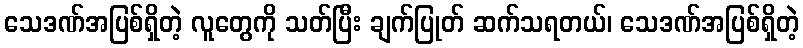
သေဒဏ်အပြစ်ရှိတဲ့ လူတွေကို သတ်ပြီး ချက်ပြုတ် ဆက်သရတယ်၊ သေဒဏ်အပြစ်ရှိတဲ့